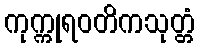
ကုက္ကုရဝတိကသုတ္တံ